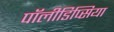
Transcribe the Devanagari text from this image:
पॉलीडिप्सिया